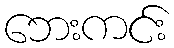
ဘေးကင်း